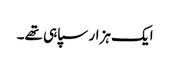
ایک ہزار سپاہی تھے۔